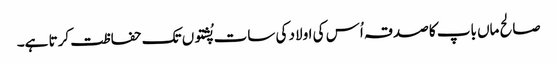
صالح ماں باپ کا صدقہ اُس کی اولاد کی سات پُشتوں تک حفاظت کرتا ہے۔